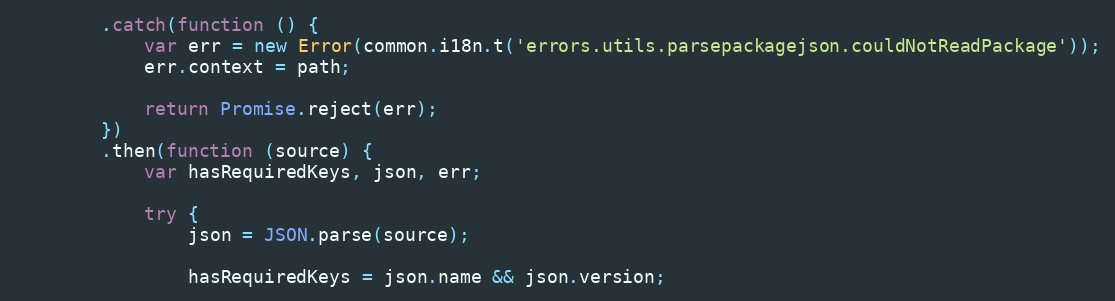
Language: JavaScript
        .catch(function () {
            var err = new Error(common.i18n.t('errors.utils.parsepackagejson.couldNotReadPackage'));
            err.context = path;

            return Promise.reject(err);
        })
        .then(function (source) {
            var hasRequiredKeys, json, err;

            try {
                json = JSON.parse(source);

                hasRequiredKeys = json.name && json.version;